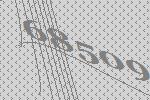
68509